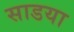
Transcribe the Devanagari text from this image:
साडया